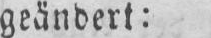
geändert: